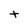
Character: t